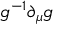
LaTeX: g ^ { - 1 } \partial _ { \mu } g